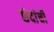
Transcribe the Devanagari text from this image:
छंदांची